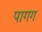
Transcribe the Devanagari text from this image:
पागग